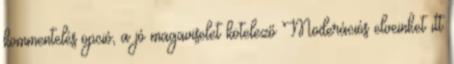
kommentelés opció, a jó magaviselet kötelező Moderációs elveinket itt